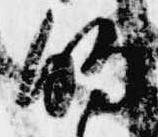
的